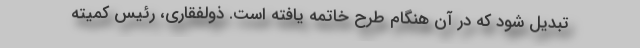
تبدیل شود که در آن هنگام طرح خاتمه یافته است. ذولفقاری، رئیس کمیته